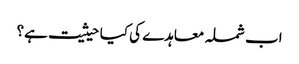
اب شملہ معاہدے کی کیا حیثیت ہے؟